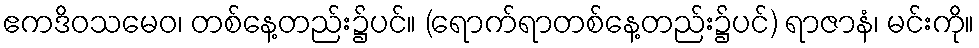
ဧကဒိဝသမေဝ၊ တစ်နေ့တည်း၌ပင်။ (ရောက်ရာတစ်နေ့တည်း၌ပင်) ရာဇာနံ၊ မင်းကို။